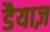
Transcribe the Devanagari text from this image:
डैयाज़